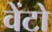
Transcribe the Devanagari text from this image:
वेंटो